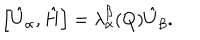
\left[ \hat { U } _ { \alpha } , \hat { H } \right] = \lambda _ { \alpha } ^ { \beta } ( Q ) \hat { U } _ { \beta } .